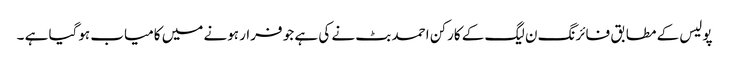
پولیس کے مطابق فائرنگ ن لیگ کے کارکن احمد بٹ نے کی ہے جو فرار ہونے میں کامیاب ہوگیا ہے ۔